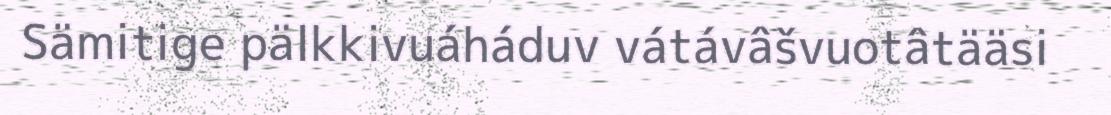
Sämitige pälkkivuáháduv vátávâšvuotâtääsi